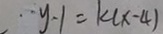
\cdot y - 1 = k ( x - 4 )